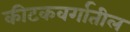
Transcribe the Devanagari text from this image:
कीटकवर्गातील